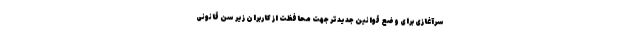
سرآغازی برای وضع قوانین جدیدتر جهت محافظت از کاربران زیر سن قانونی